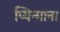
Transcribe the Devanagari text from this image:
प्यिन्माना